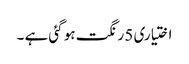
اختیاری 5 رنگت ہو گئی ہے ۔